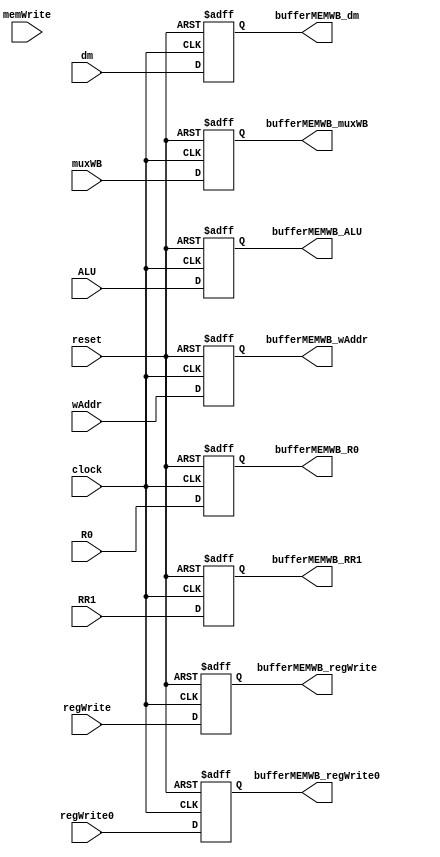
module bufferMEMWB(input            clock, reset,
                   input[15:0]      dm, ALU, R0,
                   input[3:0]       RR1, wAddr,
                   input            muxWB, memWrite, regWrite, regWrite0,
                   output reg[15:0] bufferMEMWB_dm, bufferMEMWB_ALU, bufferMEMWB_R0,
                   output reg[3:0]  bufferMEMWB_RR1, bufferMEMWB_wAddr,
                   output reg       bufferMEMWB_muxWB,
                                    bufferMEMWB_regWrite, bufferMEMWB_regWrite0);

reg[15:0] s_dm, s_ALU, s_R0;
reg[3:0]  s_RR1, s_wAddr;
reg       s_muxWB, s_regWrite, s_regWrite0;

always@(posedge clock or negedge reset)
begin
   if (!reset)
      begin
// WB
         s_wAddr         <= 4'h0;
	     s_muxWB         <= 1'b0;
         s_regWrite      <= 1'b0;
         s_regWrite0     <= 1'b0;

// BUFFER
         s_dm            <= 16'h0000;
         s_ALU           <= 16'h0000;
         s_R0            <= 16'h0000;

// FORWARD
         s_RR1           <= 4'h0;

      end
   else
      begin
// WB
         s_wAddr         <= wAddr;
	     s_muxWB         <= muxWB;
         s_regWrite      <= regWrite;
         s_regWrite0     <= regWrite0;

// BUFFER
         s_dm            <= dm;
         s_ALU           <= ALU;
         s_R0            <= R0;

// FORWARD
         s_RR1           <= RR1;

      end
end

always@(*)
begin
// WB
   bufferMEMWB_wAddr     <= s_wAddr;
   bufferMEMWB_muxWB     <= s_muxWB;
   bufferMEMWB_regWrite  <= s_regWrite;
   bufferMEMWB_regWrite0 <= s_regWrite0;

// BUFFER
   bufferMEMWB_dm        <= s_dm;
   bufferMEMWB_ALU       <= s_ALU;
   bufferMEMWB_R0        <= s_R0;

// FORWARD
   bufferMEMWB_RR1       <= s_RR1;

end

endmodule